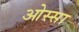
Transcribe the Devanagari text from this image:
ओस्सा